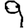
Digit: 9